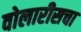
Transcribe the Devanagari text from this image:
वोलारीसचा